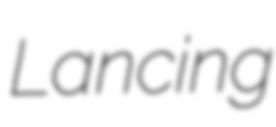
Lancing